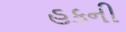
હકની